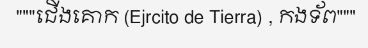
"""ជើងគោក (Ejrcito de Tierra) , កងទ័ព"""